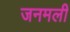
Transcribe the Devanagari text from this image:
जनमली